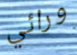
ورائي